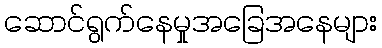
ဆောင်ရွက်နေမှုအခြေအနေများ